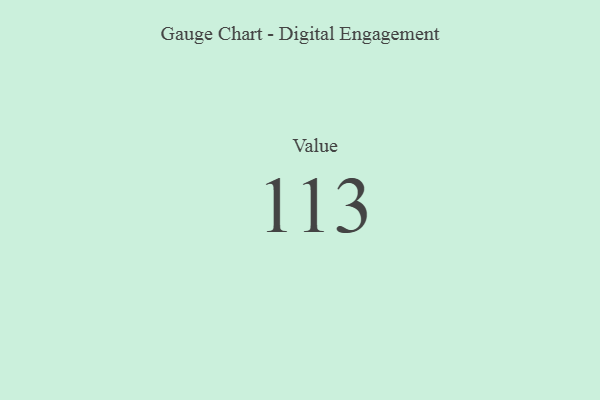
{"axis": {"x": "Metric", "y": "Value"}, "legend": [""], "data": [{"x": "Value", "y": 113, "type": ""}]}